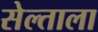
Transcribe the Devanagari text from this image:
सेल्ताला